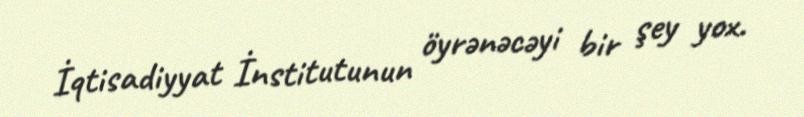
İqtisadiyyat İnstitutunun öyrənəcəyi bir şey yox.